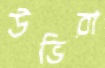
উভিরা